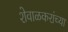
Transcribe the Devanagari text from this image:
शेवाळकरांच्या